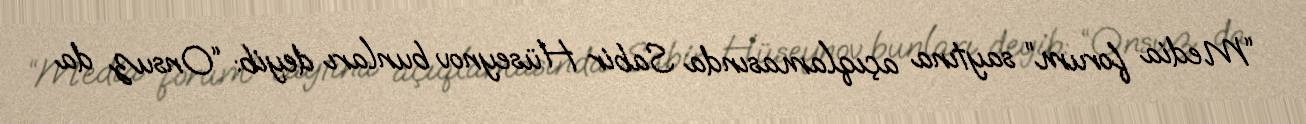
“Media forum” saytına açıqlamasında Sabir Hüseynov bunları deyib: “Onsuz da